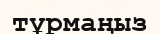
тұрмаңыз